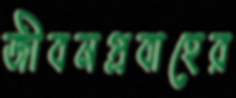
জীবনপ্রবাহের